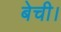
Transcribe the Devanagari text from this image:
बेची।